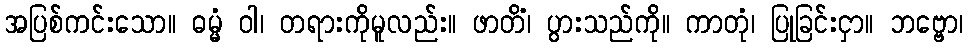
အပြစ်ကင်းသော။ ဓမ္မံ ဝါ၊ တရားကိုမူလည်း။ ဖာတိံ၊ ပွားသည်ကို။ ကာတုံ၊ ပြုခြင်းငှာ။ ဘဗ္ဗော၊